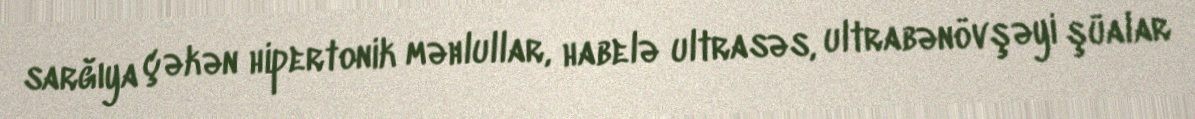
sarğıya çəkən hipertonik məhlullar, habelə ultrasəs, ultrabənövşəyi şüalar